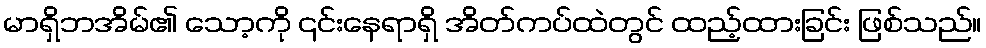
မာရှိဘအိမ်၏ သော့ကို ၎င်းနေရာရှိ အိတ်ကပ်ထဲတွင် ထည့်ထားခြင်း ဖြစ်သည်။